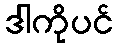
ဒါကိုပင်